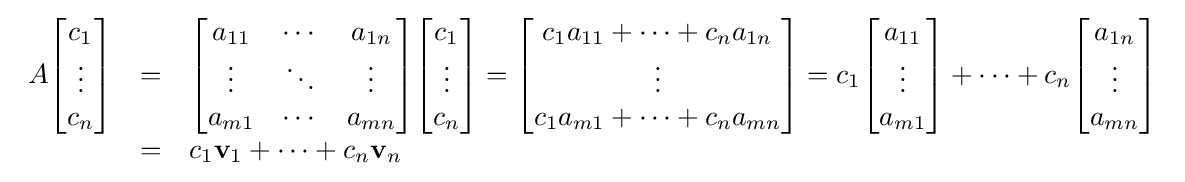
{\begin{array}{rcl}A{\begin{bmatrix}c_{1}\\\vdots \\c_{n}\end{bmatrix}}&=&{\begin{bmatrix}a_{11}&\cdots &a_{1n}\\\vdots &\ddots &\vdots \\a_{m1}&\cdots &a_{mn}\end{bmatrix}}{\begin{bmatrix}c_{1}\\\vdots \\c_{n}\end{bmatrix}}={\begin{bmatrix}c_{1}a_{11}+\cdots +c_{n}a_{1n}\\\vdots \\c_{1}a_{m1}+\cdots +c_{n}a_{mn}\end{bmatrix}}=c_{1}{\begin{bmatrix}a_{11}\\\vdots \\a_{m1}\end{bmatrix}}+\cdots +c_{n}{\begin{bmatrix}a_{1n}\\\vdots \\a_{mn}\end{bmatrix}}\\&=&c_{1}\mathbf {v} _{1}+\cdots +c_{n}\mathbf {v} _{n}\end{array}}